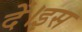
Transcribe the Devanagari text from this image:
दें।इस